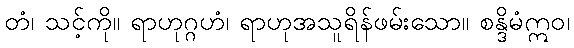
တံ၊ သင့်ကို။ ရာဟုဂ္ဂဟံ၊ ရာဟုအသူရိန်ဖမ်းသော။ စန္ဒိမံဣဝ၊